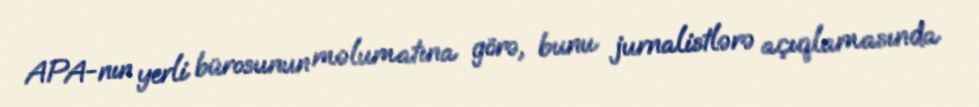
APA-nın yerli bürosunun məlumatına görə, bunu jurnalistlərə açıqlamasında